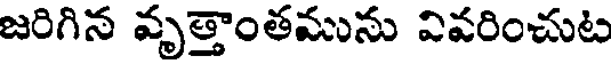
జరిగిన వృత్తాంతమును వివరించుట